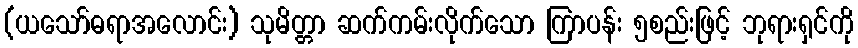
(ယသော်ဓရာအလောင်း) သုမိတ္တာ ဆက်ကမ်းလိုက်သော ကြာပန်း ၅စည်းဖြင့် ဘုရားရှင်ကို